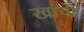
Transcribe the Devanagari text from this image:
खांची